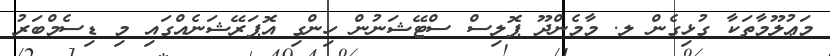
މަޢުލޫމާތަކާ ގުޅިގެން ލ. މާމެންދޫ ޕޮލިސް ސްޓޭޝަނުން ހިންގި އޮޕަރޭޝަނެއްގައި މި ޑިސެމްބަރު